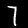
Label: 7